Vaccination in Bombay 1889-1901 - 1889-1901
Year: 1889
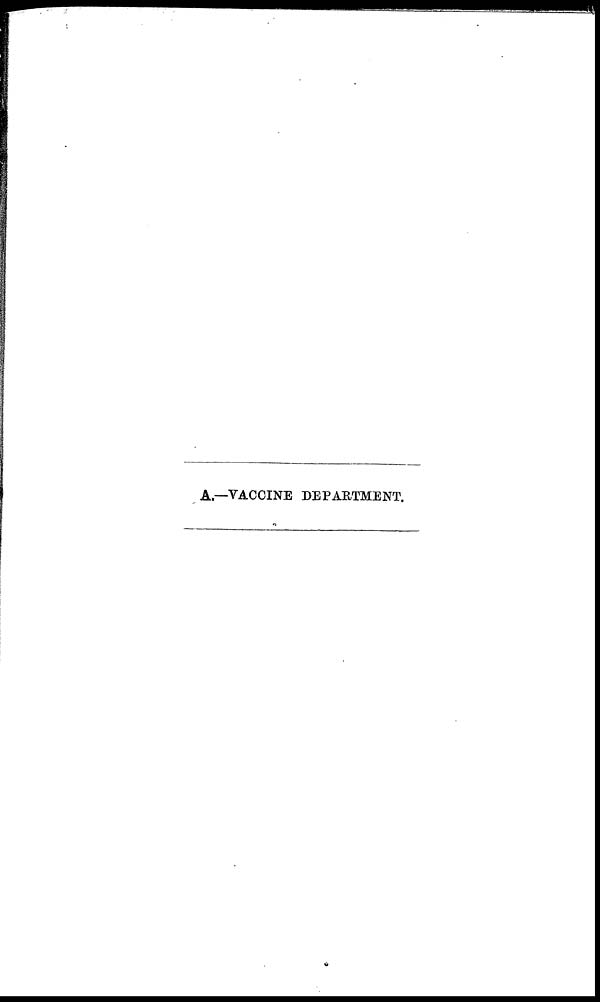
A.—VACCINE DEPARTMENT.